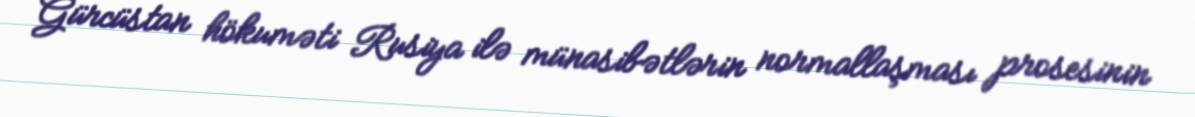
Gürcüstan hökuməti Rusiya ilə münasibətlərin normallaşması prosesinin